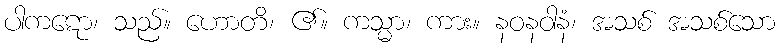
ပါကဋော၊ သည်။ ဟောတိ၊ ၏။ ကသ္မာ၊ ကား။ နဝနဝါနံ၊ အသစ် အသစ်သော